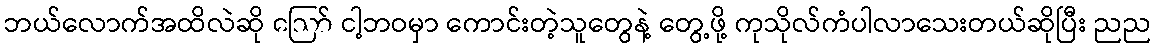
ဘယ်လောက်အထိလဲဆို ဪ ငါ့ဘဝမှာ ကောင်းတဲ့သူတွေနဲ့ တွေ့ဖို့ ကုသိုလ်ကံပါလာသေးတယ်ဆိုပြီး ညည